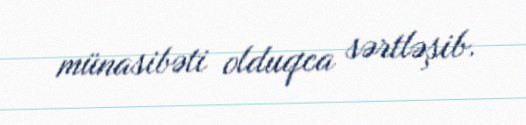
münasibəti olduqca sərtləşib.